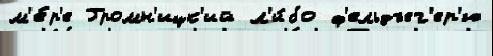
м'е́р'е Громн'ицк'ий л'и́бо ф'ельдъег'ер'ю